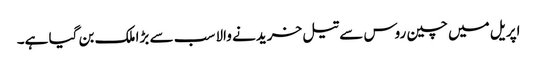
اپریل میں چین روس سے تیل خریدنے والا سب سے بڑا ملک بن گیا ہے۔